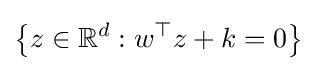
\left\{z\in \mathbb {R} ^{d}:w^{\top }z+k=0\right\}